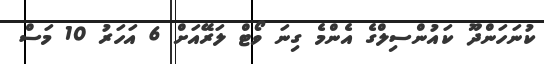
ކުނަހަންދޫ ކައުންސިލްގެ އެންމެ ގިނަ ވޯޓް ލަރޭއަށް 6 އަހަރު 10 މަސް